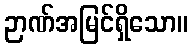
ဉာဏ်အမြင်ရှိသော။